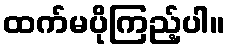
ထက်မပိုကြည့်ပါ။